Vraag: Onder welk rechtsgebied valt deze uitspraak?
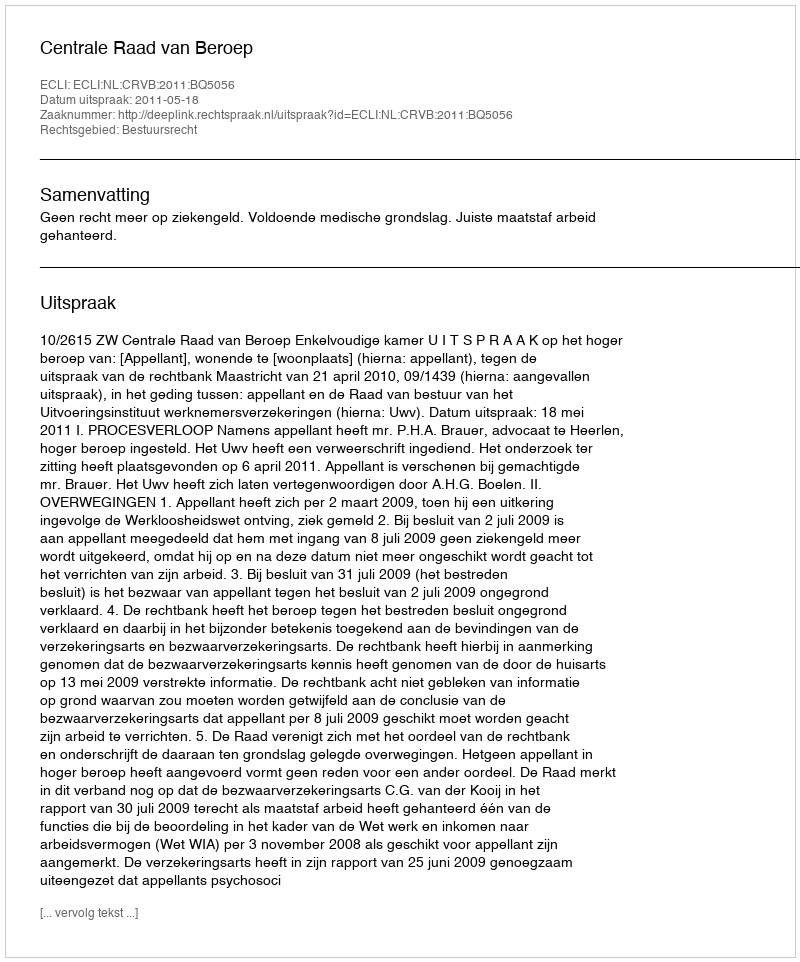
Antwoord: Bestuursrecht